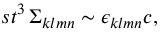
s t ^ { 3 } \, \Sigma _ { k l m n } \sim \epsilon _ { k l m n } c ,